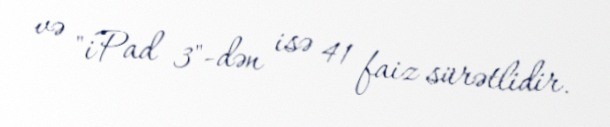
və "iPad 3"-dən isə 41 faiz sürətlidir.